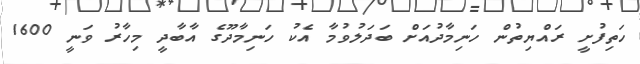
ހަތިފުށީ ރައްޔިތުން ހަނިމާދުއަށް ބަދަލުވުމާ އެކު ހަނިމާދޫގެ އާބާދީ މިހާރު ވަނީ 1600